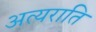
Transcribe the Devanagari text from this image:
अत्यराति